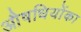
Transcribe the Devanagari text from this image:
औषधियोंका